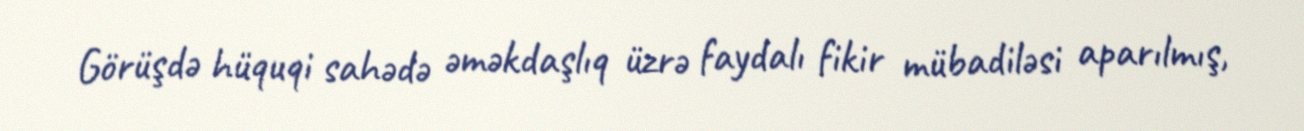
Görüşdə hüquqi sahədə əməkdaşlıq üzrə faydalı fikir mübadiləsi aparılmış,